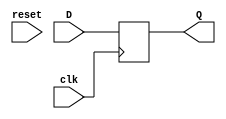
// Code your design here
module DFlipFlop(D,clk,reset,Q);
  input D;
  input clk;
  input reset;
  output  reg Q;
  
  always @(posedge clk)
    begin
      Q <= D; 
  end
  
endmodule